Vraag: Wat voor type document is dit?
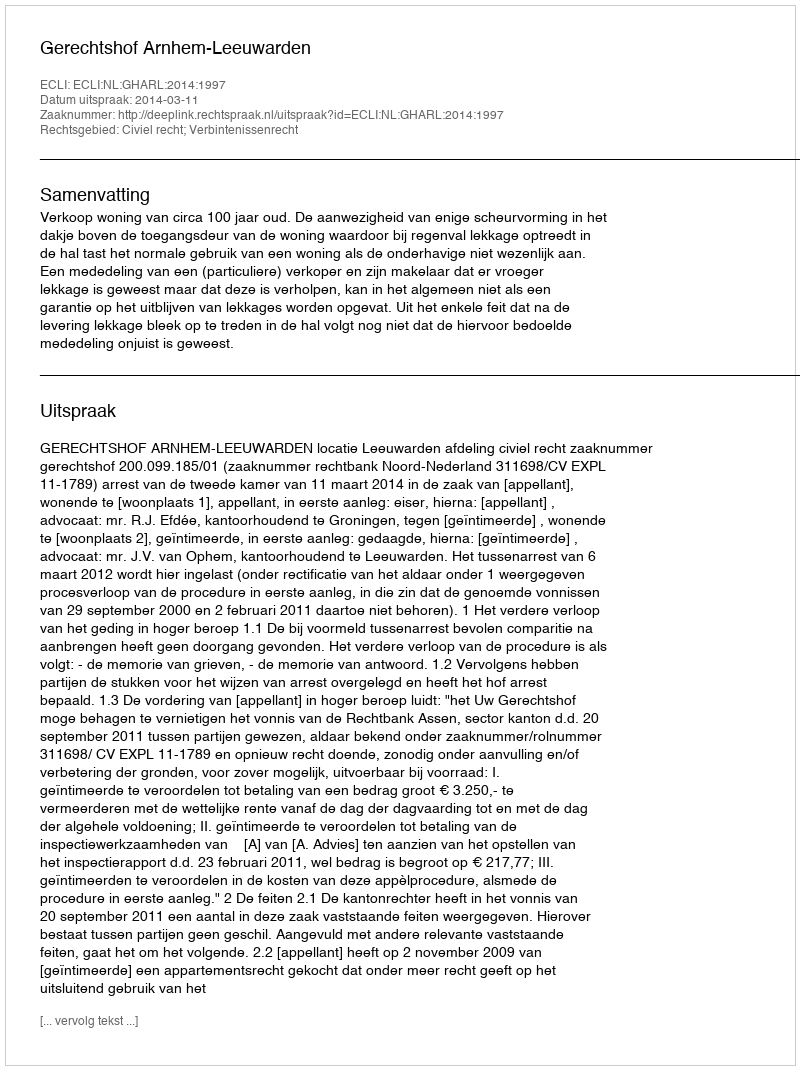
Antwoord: Uitspraak